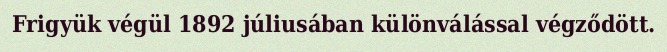
Frigyük végül 1892 júliusában különválással végződött.